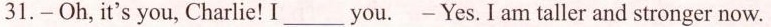
31.-Oh,it's you, Charlie!I ___ you. -Yes. I am taller and stronger now.